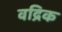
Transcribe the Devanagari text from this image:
वद्रिक